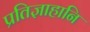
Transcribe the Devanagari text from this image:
प्रतिज्ञाहानि